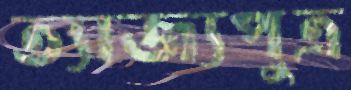
ত্যাজ্যপুত্র